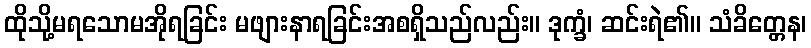
ထိုသို့မရသောမအိုရခြင်း မဖျားနာရခြင်းအစရှိသည်လည်း။ ဒုက္ခံ၊ ဆင်းရဲ၏။ သံခိတ္တေန၊